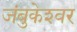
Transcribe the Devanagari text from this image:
जंबुकेश्‍वर